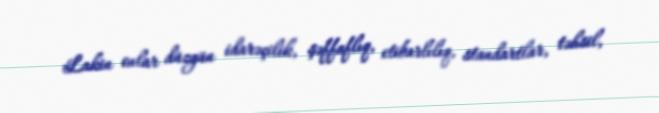
Lakin onlar düzgün idarəçilik, şəffaflıq, etibarlılıq, standartlar, təhsil,